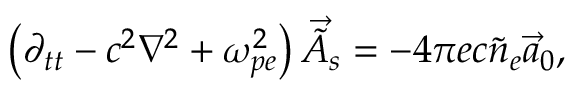
\left( \partial _ { t t } - c ^ { 2 } \nabla ^ { 2 } + \omega _ { p e } ^ { 2 } \right) \vec { \tilde { A } } _ { s } = - 4 \pi e c \tilde { n } _ { e } \vec { a } _ { 0 } ,